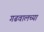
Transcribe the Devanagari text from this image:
गढवालच्या